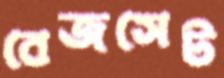
বেজসেট